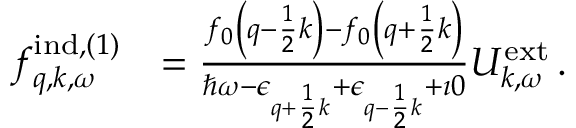
\begin{array} { r l } { f _ { \boldsymbol { q } , \boldsymbol { k } , \omega } ^ { \mathrm { i n d } , ( 1 ) } } & { = \frac { f _ { 0 } \left( \boldsymbol { q } - \frac { 1 } { 2 } \boldsymbol { k } \right) - f _ { 0 } \left( \boldsymbol { q } + \frac { 1 } { 2 } \boldsymbol { k } \right) } { \hbar \omega - \epsilon _ { \boldsymbol { q } + \frac { 1 } { 2 } \boldsymbol { k } } + \epsilon _ { \boldsymbol { q } - \frac { 1 } { 2 } \boldsymbol { k } } + \imath 0 } { U } _ { \boldsymbol { k } , \omega } ^ { \mathrm { e x t } } \, . } \end{array}